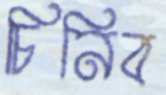
চিনিব